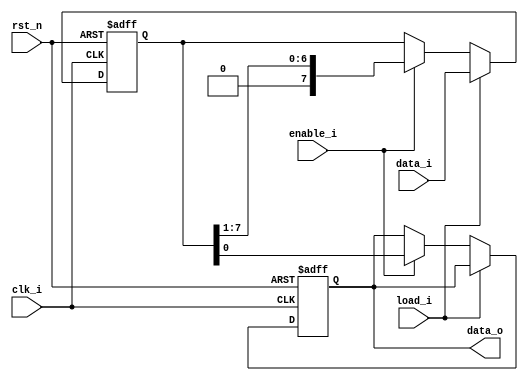
`timescale 1ns / 1ps
//////////////////////////////////////////////////////////////////////////////////
// Company: 
// Engineer: 
// 
// Design Name: 
// Module Name: shift_r
// Project Name: 
// Target Devices: 
// Tool Versions: 
// Description: 
// 
// Dependencies: 
// 
// Revision:
// Revision 0.01 - File Created
// Additional Comments:
// 
//////////////////////////////////////////////////////////////////////////////////


module shift_r(
                input [7:0] data_i,
                input load_i,
                input clk_i,
                input rst_n,
                input enable_i,
                output reg data_o
    );
    
    reg[7:0] local;
  
    always@(posedge clk_i or negedge rst_n)begin
        if(!rst_n)begin
            local <= 0;
            data_o <= 0;
        end else begin
            if(load_i) begin
                    local = data_i;
            end
            else if(enable_i)begin
                    data_o <= local[0];
                    local <= {1'b0,local[7:1]};
            end
         end
        
    end
endmodule